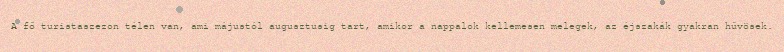
A fő turistaszezon télen van, ami májustól augusztusig tart, amikor a nappalok kellemesen melegek, az éjszakák gyakran hűvösek.